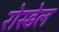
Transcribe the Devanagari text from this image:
रोस्डेल